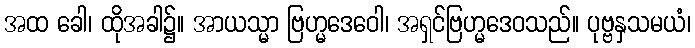
အထ ခေါ၊ ထိုအခါ၌။ အာယသ္မာ ဗြဟ္မဒေဝေါ၊ အရှင်ဗြဟ္မဒေဝသည်။ ပုဗ္ဗနှသမယံ၊